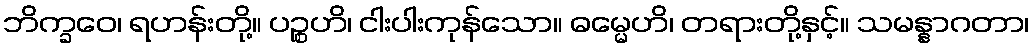
ဘိက္ခဝေ၊ ရဟန်းတို့။ ပဉ္စဟိ၊ ငါးပါးကုန်သော။ ဓမ္မေဟိ၊ တရားတို့နှင့်။ သမန္နာဂတာ၊